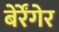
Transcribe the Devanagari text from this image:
बेर्रेंगेर